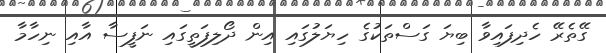
ގޭތެރޭ ހެދިފައިވާ ބިޔަ ގަސްތަކުގެ ހިޔަލުގައި އިން ދޯލިފަތީގައި ނަފީސާ އާއި ނިހާމާ